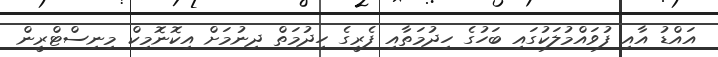
އައްޑު އާއި ފުވައްމުލަކުގައި ބަހުގެ ހިދުމަތާއި ފެރީގެ ހިދުމަތް ދިނުމަށް އިކޮނޮމިކް މިނިސްޓްރީން